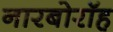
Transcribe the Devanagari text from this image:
नारबोरॉह